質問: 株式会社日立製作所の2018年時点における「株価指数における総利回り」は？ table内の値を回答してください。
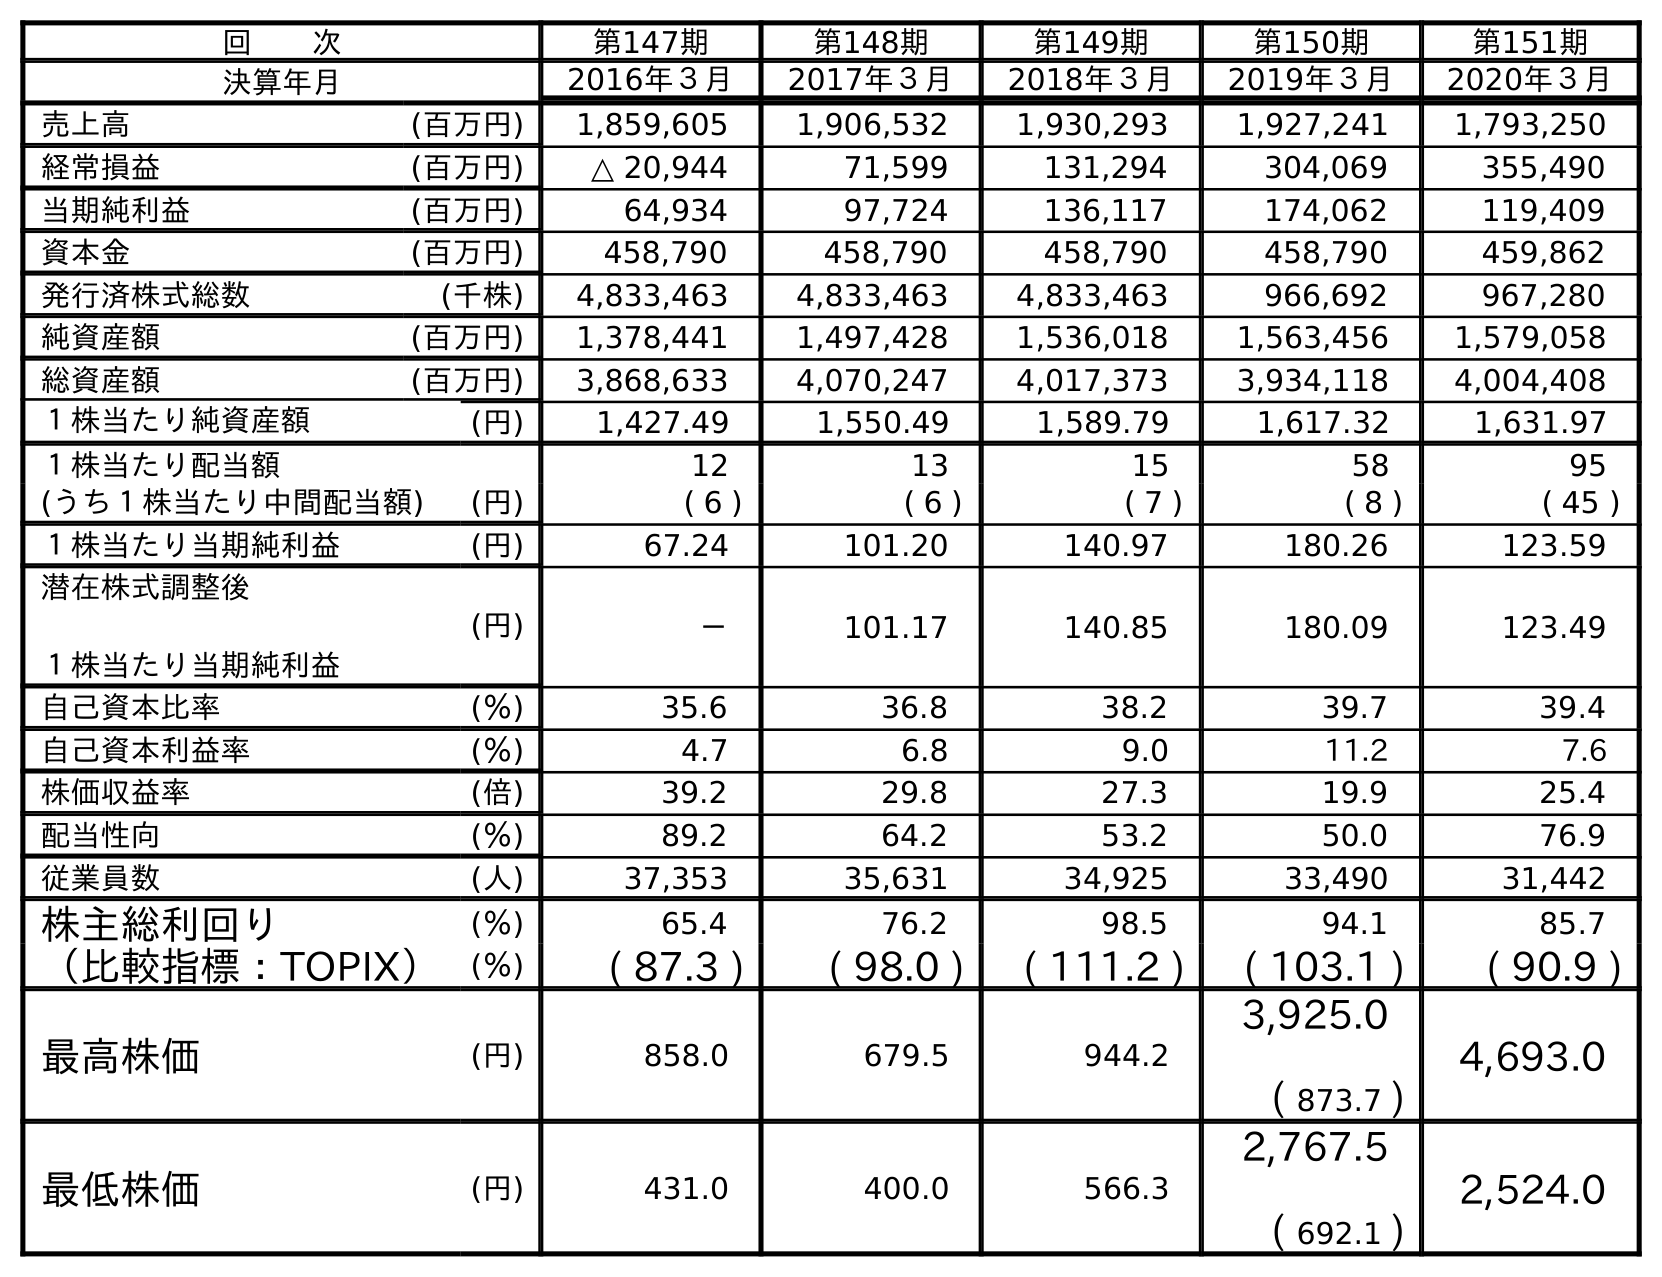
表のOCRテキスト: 回  次 第147期 第148期 第149期 第150期 第151期 決算年月 2016年３月 2017年３月 2018年３月 2019年３月 2020年３月 売上高 (百万円) 1,859,605 1,906,532 1,930,293 1,927,241 1,793,250 経常損益 (百万円) △ 20,944 71,599 131,294 304,069 355,490 当期純利益 (百万円) 64,934 97,724 136,117 174,062 119,409 資本金 (百万円) 458,790 458,790 458,790 458,790 459,862 発行済株式総数 (千株) 4,833,463 4,833,463 4,833,463 966,692 967,280 純資産額 (百万円) 1,378,441 1,497,428 1,536,018 1,563,456 1,579,058 総資産額 (百万円) 3,868,633 4,070,247 4,017,373 3,934,118 4,004,408 １株当たり純資産額 (円) 1,427.49 1,550.49 1,589.79 1,617.32 1,631.97 １株当たり配当額 12 13 15 58 95 (うち１株当たり中間配当額) (円) ( 6 ) ( 6 ) ( 7 ) ( 8 ) ( 45 ) １株当たり当期純利益 (円) 67.24 101.20 140.97 180.26 123.59 潜在株式調整後 １株当たり当期純利益 (円) － 101.17 140.85 180.09 123.49 自己資本比率 (％) 35.6 36.8 38.2 39.7 39.4 自己資本利益率 (％) 4.7 6.8 9.0 11.2 7.6 株価収益率 (倍) 39.2 29.8 27.3 19.9 25.4 配当性向 (％) 89.2 64.2 53.2 50.0 76.9 従業員数 (人) 37,353 35,631 34,925 33,490 31,442 株主総利回り (％) 65.4 76.2 98.5 94.1 85.7 （比較指標：TOPIX） (％) ( 87.3 ) ( 98.0 ) ( 111.2 ) ( 103.1 ) ( 90.9 ) 最高株価 (円) 858.0 679.5 944.2 3,925.0 ( 873.7 ) 4,693.0 最低株価 (円) 431.0 400.0 566.3 2,767.5 ( 692.1 ) 2,524.0
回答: (111.2)